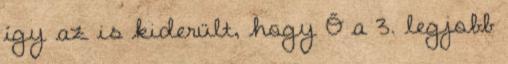
így az is kiderült, hogy Ő a 3. legjobb